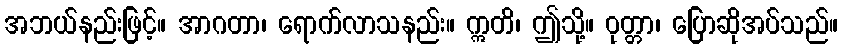
အဘယ်နည်းဖြင့်။ အာဂတာ၊ ရောက်လာသနည်း။ ဣတိ၊ ဤသို့။ ဝုတ္တာ၊ ပြောဆိုအပ်သည်။